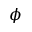
\phi